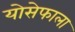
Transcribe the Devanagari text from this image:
योसेफाला